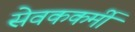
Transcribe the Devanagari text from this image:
सेवककर्मी